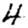
Digit: 4